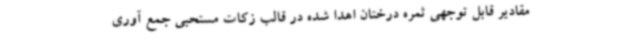
مقادیر قابل توجهی ثمره درختان اهدا شده در قالب زکات مستحبی جمع آوری